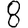
Digit: 8